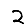
Digit: 2